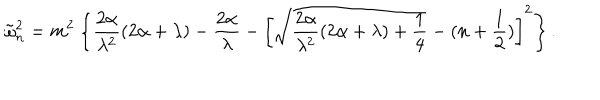
LaTeX: \tilde { \omega } _ { n } ^ { 2 } = m ^ { 2 } \left\{ \frac { 2 \alpha } { \lambda ^ { 2 } } ( 2 \alpha + \lambda ) - \frac { 2 \alpha } { \lambda } - \left[ \sqrt { \frac { 2 \alpha } { \lambda ^ { 2 } } ( 2 \alpha + \lambda ) + \frac 1 4 } - ( n + \frac 1 2 ) \right] ^ { 2 } \right\} .